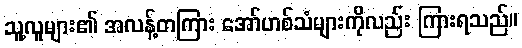
သူ့လူများ၏ အလန့်တကြား အော်ဟစ်သံများကိုလည်း ကြားရသည်။